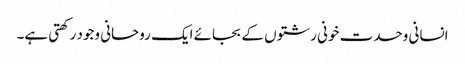
انسانی وحدت خونی رشتوں کے بجائے ایک روحانی وجود رکھتی ہے۔